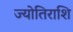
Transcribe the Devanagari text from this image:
ज्योतिराशि